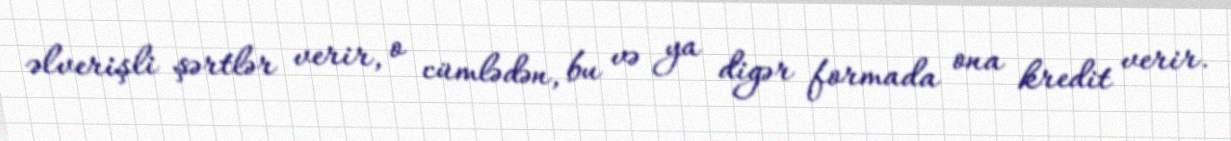
əlverişli şərtlər verir, o cümlədən, bu və ya digər formada ona kredit verir.